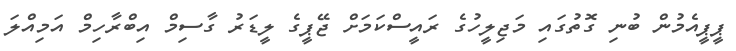
ޕީޕީއެމުން ބުނި ގޮތުގައި މަޖިލީހުގެ ރައީސްކަމަށް ޖޭޕީގެ ލީޑަރު ގާސިމް އިބްރާހިމް އަމިއްލަ